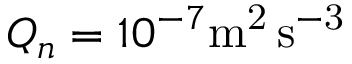
Q _ { n } = 1 0 ^ { - 7 } \mathrm { m ^ { 2 } \, s ^ { - 3 } }